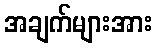
အချက်များအား